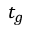
t _ { g }